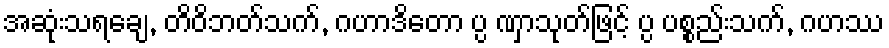
အဆုံးသရချေ, တိဝိဘတ်သက်, ဂဟာဒိတော ပ္ပ ဏှာသုတ်ဖြင့် ပ္ပ ပစ္စည်းသက်, ဂဟဿ